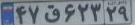
۴۷ق۶۲۳۲۹